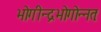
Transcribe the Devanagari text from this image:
भोगीन्द्रभोगोन्नतः